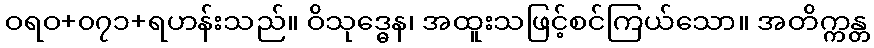
ဝရဝ+၀၇၁+ရဟန်းသည်။ ဝိသုဒ္ဓေန၊ အထူးသဖြင့်စင်ကြယ်သော။ အတိက္ကန္တ